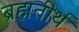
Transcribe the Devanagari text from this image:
ब्रह्मतीर्थ